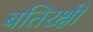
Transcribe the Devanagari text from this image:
बतिरक्षी